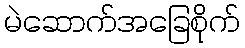
မဲဆောက်အခြေစိုက်